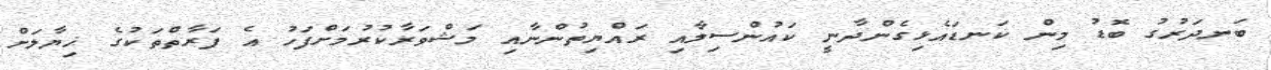
ބަނދަރުގު ބޮޑު މިން ކަނޑައެޅިގެންދާނީ ކައުންސިލާއި ރައްޔިތުންނާއި މަޝްވަރާކުރުމަށްފަހު އެ ފަރާތްތަކުގެ ޚިޔާލަށް